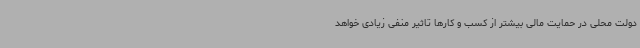
دولت محلی در حمایت مالی بیشتر از کسب و کارها تاثیر منفی زیادی خواهد